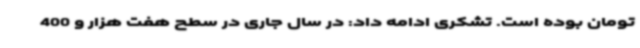
تومان بوده است. تشکری ادامه داد: در سال جاری در سطح هفت هزار و 400